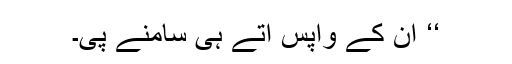
‘‘ ان کے واپس آتے ہی سامنے پی۔